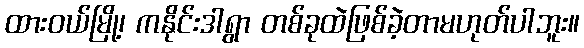
ထားဝယ်မြို့၊ ကနိုင်းဒါရွာ တစ်ခုထဲဖြစ်ခဲ့တာမဟုတ်ပါဘူး။